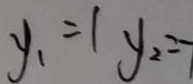
y _ { 1 } = 1 y _ { 2 } = 7